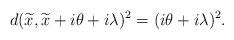
LaTeX: \begin{align*}d(\widetilde{x}, \widetilde{x} + i \theta + i \lambda)^2= (i\theta + i \lambda)^2. \end{align*}